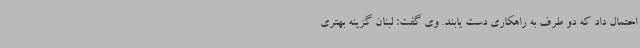
احتمال داد که دو طرف به راهکاری دست یابند. وی گفت: لبنان گزینه بهتری